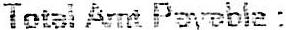
TOTAL AMT PAYABLE :